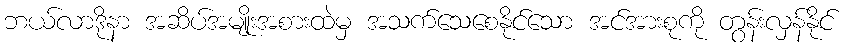
ဘယ်လာဒိုနာ အဆိပ်အမျိုးအစားထဲမှ အသက်သေစေနိုင်သော အင်အားစုကို တွန်းလှန်နိုင်